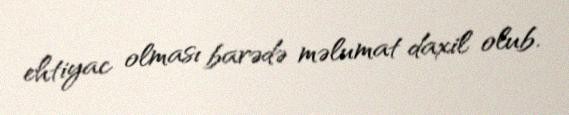
ehtiyac olması barədə məlumat daxil olub.